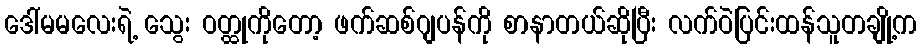
ဒေါ်မမလေးရဲ့ သွေး ဝတ္ထုကိုတော့ ဖက်ဆစ်ဂျပန်ကို စာနာတယ်ဆိုပြီး လက်ဝဲပြင်းထန်သူတချို့က